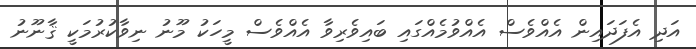
އަދި އެފަދައިން އެއްވެސް އެއްވުމެއްގައި ބައިވެރިވާ އެއްވެސް މީހަކު މޫނު ނިވާކުރުމަކީ ޤާނޫނު